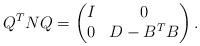
LaTeX: \begin{align*} Q^T N Q=\begin{pmatrix} I & 0 \\ 0 & D-B^T B \end{pmatrix}. \end{align*}